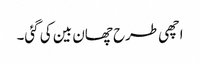
اچھی طرح چھان بین کی گئی۔